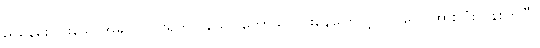
ညနေစောင်းသောအခါ ပူပြင်းရှတလှသော တော်သလင်းနေကြောင့် လူ၊ လှေ အားလုံး ပန်းကြပြီ။